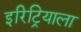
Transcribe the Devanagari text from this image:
इरिट्रियाला